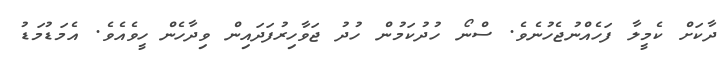
ދާކަށް ކެމީލާ ފަހެއްނުޖެހުނެވެ. ސްނޯ ހުދުކަމުން ހުދު ޖަވާހިރުފަދައިން ވިދާހެން ހީވެއެވެ. އެމަޑުމަޑު